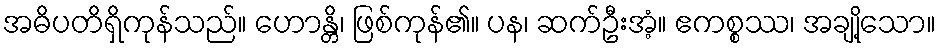
အဓိပတိရှိကုန်သည်။ ဟောန္တိ၊ ဖြစ်ကုန်၏။ ပန၊ ဆက်ဦးအံ့။ ဧကစ္စဿ၊ အချို့သော။